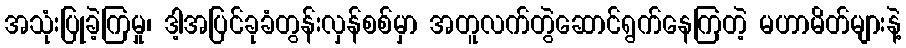
အသုံးပြုခဲ့ကြမှု၊ ဒါ့အပြင်ခုခံတွန်းလှန်စစ်မှာ အတူလက်တွဲဆောင်ရွက်နေကြတဲ့ မဟာမိတ်များနဲ့